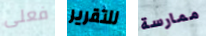
فعلى للتقرير ممارسة